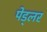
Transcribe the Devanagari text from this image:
पेड्लर